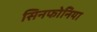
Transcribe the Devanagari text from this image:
सिनफोनिया